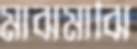
মাঝমাঝি